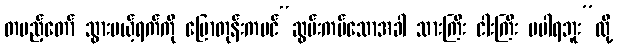
တပည့်တော် သွားမယ့်ရက်ကို ပြောတုန်းကပင်“ဆွမ်းကပ်သောအခါ သားကြီး ငါးကြီး မပါရဘူး”လို့